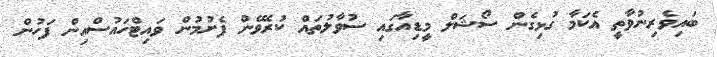
ބައިވެރިނުވާތީ އެކަމާ ގުޅިގެން ސޯޝަލް މީޑިއާގައި ސުވާލުތައް ކުރެވޭން ފެށުމުން ވައިޓްހައުސްއިން ފަހުން